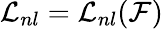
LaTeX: \mathcal{L}_{nl}=\mathcal{L}_{nl}(\mathcal{{F}})